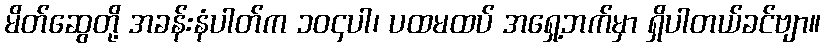
မိတ်ဆွေတို့ အခန်းနံပါတ်က ၁၀၄ပါ၊ ပထမထပ် အရှေ့ဘက်မှာ ရှိပါတယ်ခင်ဗျာ။